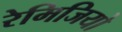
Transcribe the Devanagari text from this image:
रेमिजियो